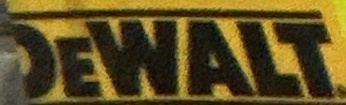
DeWALT